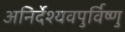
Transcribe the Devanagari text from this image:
अनिर्देश्यवपुर्विष्णु